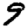
Digit: 9